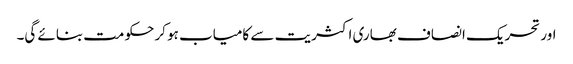
اور تحریک انصاف بھاری اکثریت سے کامیاب ہو کر حکومت بنائے گی۔